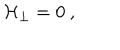
{ \cal H } _ { \perp } = 0 \ ,